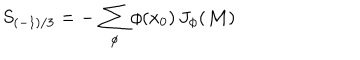
LaTeX: S _ { ( - 1 ) / 3 } = - \, \sum _ { \phi } \phi ( x _ { 0 } ) \, J _ { \phi } ( { \cal M } )